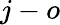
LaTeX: j-o